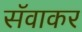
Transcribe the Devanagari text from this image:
सॅवाकर